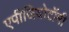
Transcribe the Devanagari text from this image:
एपीजियोटॉमी